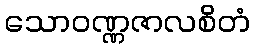
သောဝဏ္ဏဇာလစိတံ